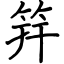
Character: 筓